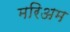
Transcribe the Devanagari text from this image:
मरिअम